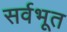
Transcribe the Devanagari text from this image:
सर्वभूत